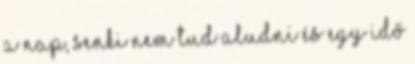
a nap, senki nem tud aludni és egy idő